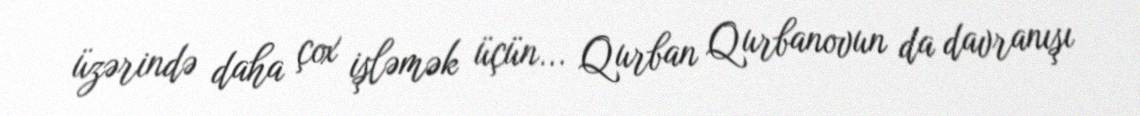
üzərində daha çox işləmək üçün... Qurban Qurbanovun da davranışı